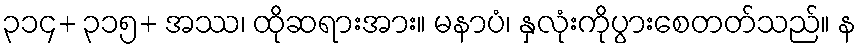
၃၁၄+ ၃၁၅+ အဿ၊ ထိုဆရားအား။ မနာပံ၊ နှလုံးကိုပွားစေတတ်သည်။ န